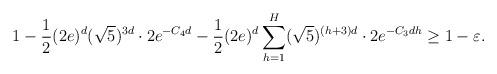
LaTeX: \begin{align*} 1-\frac{1}{2}(2e)^d(\sqrt{5})^{3d}\cdot 2e^{-C_4d}-\frac{1}{2}(2e)^d\sum_{h=1}^H(\sqrt{5})^{(h+3)d}\cdot 2e^{-C_3dh}\geq 1-\varepsilon.\end{align*}